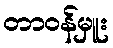
တာဝန်မှူး